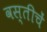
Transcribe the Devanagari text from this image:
वस्तीचें